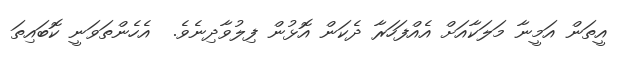
އީތަން އަމީނާ މަލަކާއަށް އެއްފަހަރާ ދެކަން އޮޅުން ފިލުވާދިނެވެ.  އެހެންތަވަނީ ކޮބައިތަ